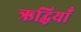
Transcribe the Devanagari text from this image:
ऋद्धियाँ